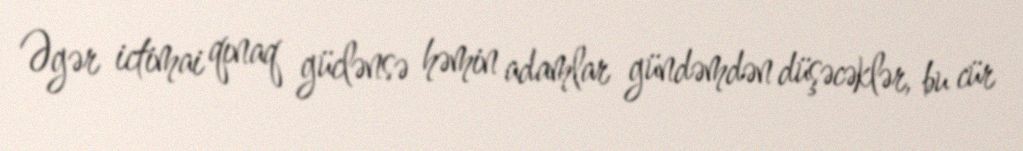
Əgər ictimai qınaq güclənsə həmin adamlar gündəmdən düşəcəklər, bu cür